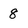
Character: 8